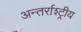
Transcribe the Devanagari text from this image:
अन्तर्राश्ट्रीय